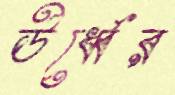
ঊর্ধ্বের